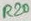
Text: R20